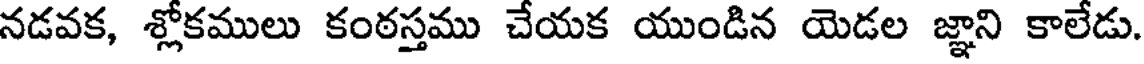
నడవక, శ్లోకములు కంఠస్తము చేయక యుండిన యెడల జ్ఞాని కాలేడు.